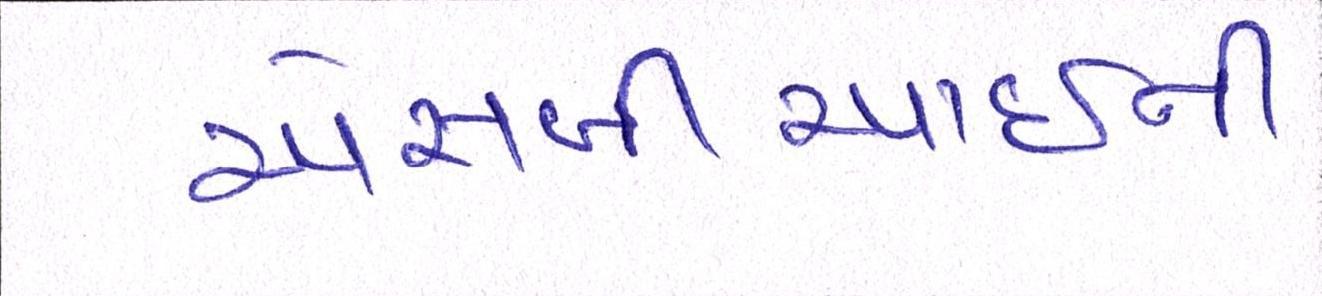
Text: એસબીઆઈની